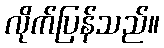
လိုက်ပြန်သည်။